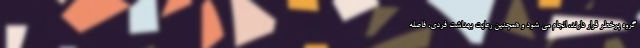
گروه پرخطر قرار دارند، انجام می شود و همچنین رعایت بهداشت فردی، فاصله